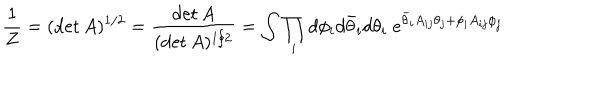
\frac { 1 } { Z } = ( \det A ) ^ { 1 / 2 } = \frac { \det A } { ( \det A ) ^ { 1 / 2 } } = \int \prod _ { i } d \phi _ { i } d \bar { \theta } _ { i } d \theta _ { i } \; e ^ { \bar { \theta } _ { i } A _ { i j } \theta _ { j } + \phi _ { i } A _ { i j } \phi _ { j } }